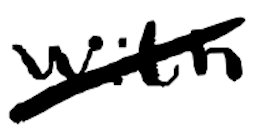
Text: with
Cross-out: diagonal
Writing tool: digital_black